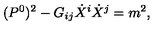
( P ^ { 0 } ) ^ { 2 } - G _ { i j } \dot { X } ^ { i } \dot { X } ^ { j } = m ^ { 2 } ,